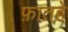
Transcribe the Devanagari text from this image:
फ़ातहे